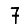
Digit: 7